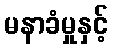
မနာခံမှုနှင့်